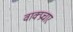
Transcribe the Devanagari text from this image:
वाक्‍प्रचार